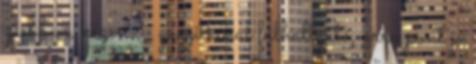
zsebben, kézen: - gagyi kínai fülhallgató, arra pont jó